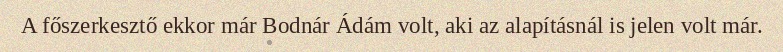
A főszerkesztő ekkor már Bodnár Ádám volt, aki az alapításnál is jelen volt már.